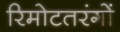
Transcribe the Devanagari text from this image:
रिमोटतरंगों